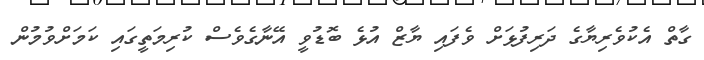
ގާތް އެކުވެރިޔާގެ ދަރިފުޅަށް ވެފައި ޔާޒް އުޅެ ބޮޑުވީ އޭނާގެވެސް ކުރިމަތީގައި ކަމަށްވުމުން